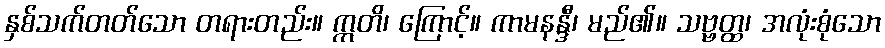
နှစ်သက်တတ်သော တရားတည်း။ ဣတိ၊ ကြောင့်။ ကာမနန္ဒီ၊ မည်၏။ သဗ္ဗတ္ထ၊ အလုံးစုံသော